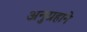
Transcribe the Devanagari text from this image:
अनुग्रहाने